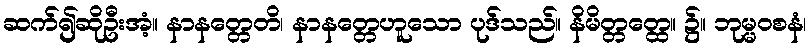
ဆက်၍ဆိုဦးအံ့။ နာနတ္တေတိ၊ နာနတ္တေဟူသော ပုဒ်သည်။ နိမိတ္တတ္ထေ။ ၌။ ဘုမ္မဝစနံ၊